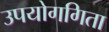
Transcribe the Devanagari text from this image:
उपयोगगिता